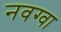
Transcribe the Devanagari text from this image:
नवग्वा